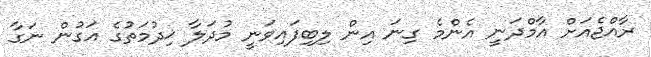
ރާއްޖެއަށް އާމްދަނީ އެންމެ ގިނަ އިން ލިބިފައިވަނީ މުދަލާ ޚިދުމަތުގެ އަގުން ނަގާ